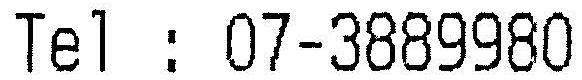
TEL : 07-3889980